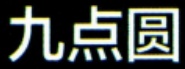
九点圆